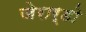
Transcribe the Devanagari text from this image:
जेरार्डो